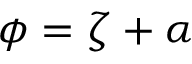
\phi = \zeta + \alpha